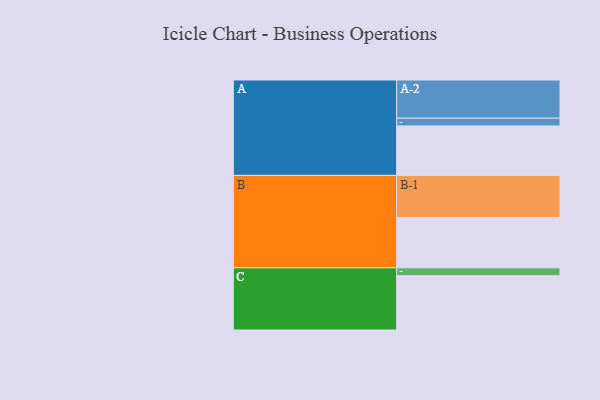
{"axis": {"x": "Segment", "y": "Value"}, "legend": ["", "A", "B", "C"], "data": [{"x": "A", "y": 328, "type": ""}, {"x": "B", "y": 332, "type": ""}, {"x": "C", "y": 360, "type": ""}, {"x": "A-1", "y": 51, "type": "A"}, {"x": "A-2", "y": 253, "type": "A"}, {"x": "B-1", "y": 280, "type": "B"}, {"x": "C-1", "y": 52, "type": "C"}]}